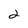
Character: 2